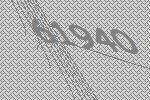
61940